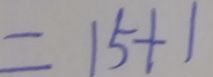
= 1 5 + 1